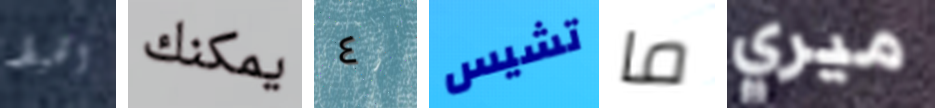
الخيط يمكنك ٤ تشيس ما ميري